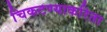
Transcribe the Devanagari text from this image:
चिकटण्याकरिता